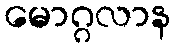
မောဂ္ဂလာန